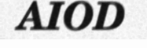
AIOD